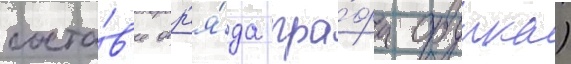
соста́в'е отр'я́да гра́фа орурка)